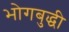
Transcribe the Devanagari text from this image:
भोगबुद्धी